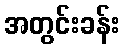
အတွင်းခန်း